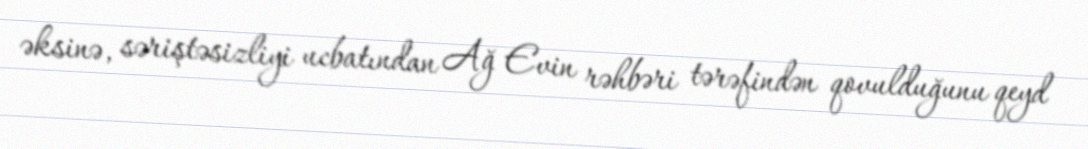
əksinə, səriştəsizliyi ucbatından Ağ Evin rəhbəri tərəfindən qovulduğunu qeyd